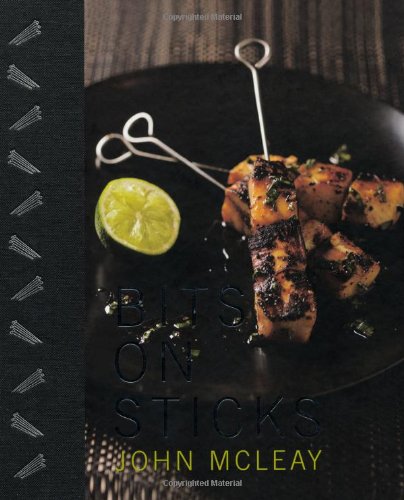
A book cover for Bits On Sticks; John McLeay; Cookbooks, Food & Wine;